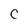
Character: c